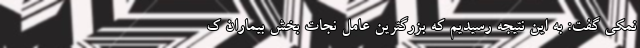
نمکی گفت: به این نتیجه رسیدیم که بزرگترین عامل نجات بخش بیماران ک